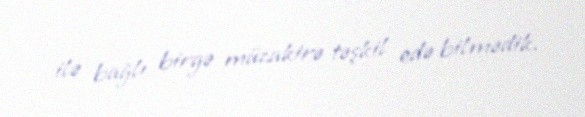
ilə bağlı birgə müzakirə təşkil edə bilmədik.